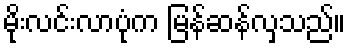
မိုးလင်းလာပုံက မြန်ဆန်လှသည်။